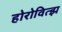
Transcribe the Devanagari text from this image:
होरोवित्झ